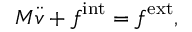
\boldsymbol { M } \ddot { \boldsymbol { v } } + \boldsymbol { f } ^ { \mathrm { i n t } } = \boldsymbol { f } ^ { \mathrm { e x t } } ,